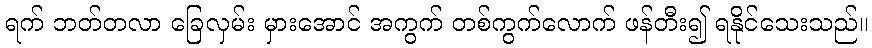
ရက် ဘတ်တလာ ခြေလှမ်း မှားအောင် အကွက် တစ်ကွက်လောက် ဖန်တီး၍ ရနိုင်သေးသည်။